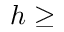
h \ge